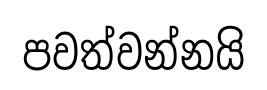
පවත්වන්නයි